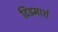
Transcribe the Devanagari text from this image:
टिडमार्श